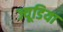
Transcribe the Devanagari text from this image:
ज्यूडिया